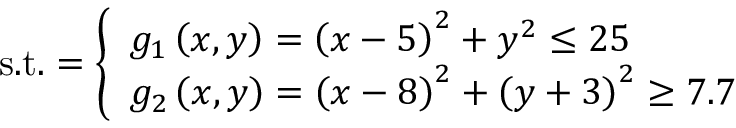
{ \mathrm { s . t . } } = { \left\{ \begin{array} { l l } { g _ { 1 } \left( x , y \right) = \left( x - 5 \right) ^ { 2 } + y ^ { 2 } \leq 2 5 } \\ { g _ { 2 } \left( x , y \right) = \left( x - 8 \right) ^ { 2 } + \left( y + 3 \right) ^ { 2 } \geq 7 . 7 } \end{array} \right. }